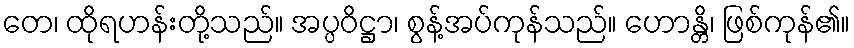
တေ၊ ထိုရဟန်းတို့သည်။ အပ္ပဝိဋ္ဌာ၊ စွန့်အပ်ကုန်သည်။ ဟောန္တိ၊ ဖြစ်ကုန်၏။